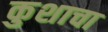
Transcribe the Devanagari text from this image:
कुशाचा